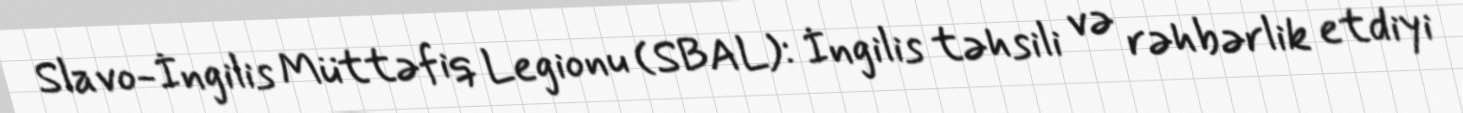
Slavo-İngilis Müttəfiq Legionu (SBAL): İngilis təhsili və rəhbərlik etdiyi